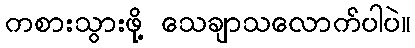
ကစားသွားဖို့ သေချာသလောက်ပါပဲ။